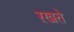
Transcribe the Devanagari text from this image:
ऱखते